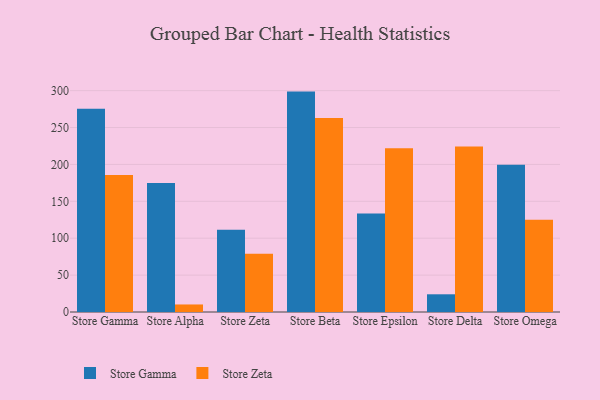
{"axis": {"x": "Store", "y": "Production Output"}, "legend": ["Store Gamma", "Store Zeta"], "data": [{"x": "Store Gamma", "y": 275.4, "type": "Store Gamma"}, {"x": "Store Gamma", "y": 185.8, "type": "Store Zeta"}, {"x": "Store Alpha", "y": 174.8, "type": "Store Gamma"}, {"x": "Store Alpha", "y": 10.2, "type": "Store Zeta"}, {"x": "Store Zeta", "y": 111.6, "type": "Store Gamma"}, {"x": "Store Zeta", "y": 79.1, "type": "Store Zeta"}, {"x": "Store Beta", "y": 298.7, "type": "Store Gamma"}, {"x": "Store Beta", "y": 263.0, "type": "Store Zeta"}, {"x": "Store Epsilon", "y": 133.5, "type": "Store Gamma"}, {"x": "Store Epsilon", "y": 221.8, "type": "Store Zeta"}, {"x": "Store Delta", "y": 24.0, "type": "Store Gamma"}, {"x": "Store Delta", "y": 224.3, "type": "Store Zeta"}, {"x": "Store Omega", "y": 199.5, "type": "Store Gamma"}, {"x": "Store Omega", "y": 125.1, "type": "Store Zeta"}]}